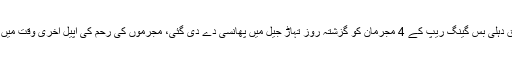
بھارتی میڈیا کے مطابق دہلی بس گینگ ریپ کے 4 مجرمان کو گزشتہ روز تہاڑ جیل میں پھانسی دے دی گئی، مجرموں کی رحم کی اپیل آخری وقت میں مسترد کردی گئی تھی۔